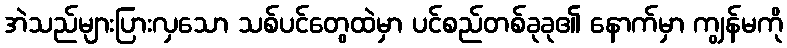
အဲသည်များပြားလှသော သစ်ပင်တွေထဲမှာ ပင်စည်တစ်ခုခု၏ နောက်မှာ ကျွန်မကို